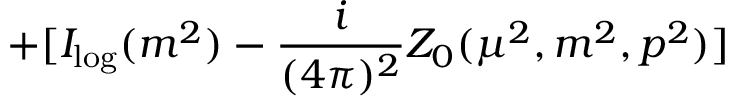
+ [ I _ { \log } ( m ^ { 2 } ) - \frac { i } { ( 4 \pi ) ^ { 2 } } Z _ { 0 } ( \mu ^ { 2 } , m ^ { 2 } , p ^ { 2 } ) ]